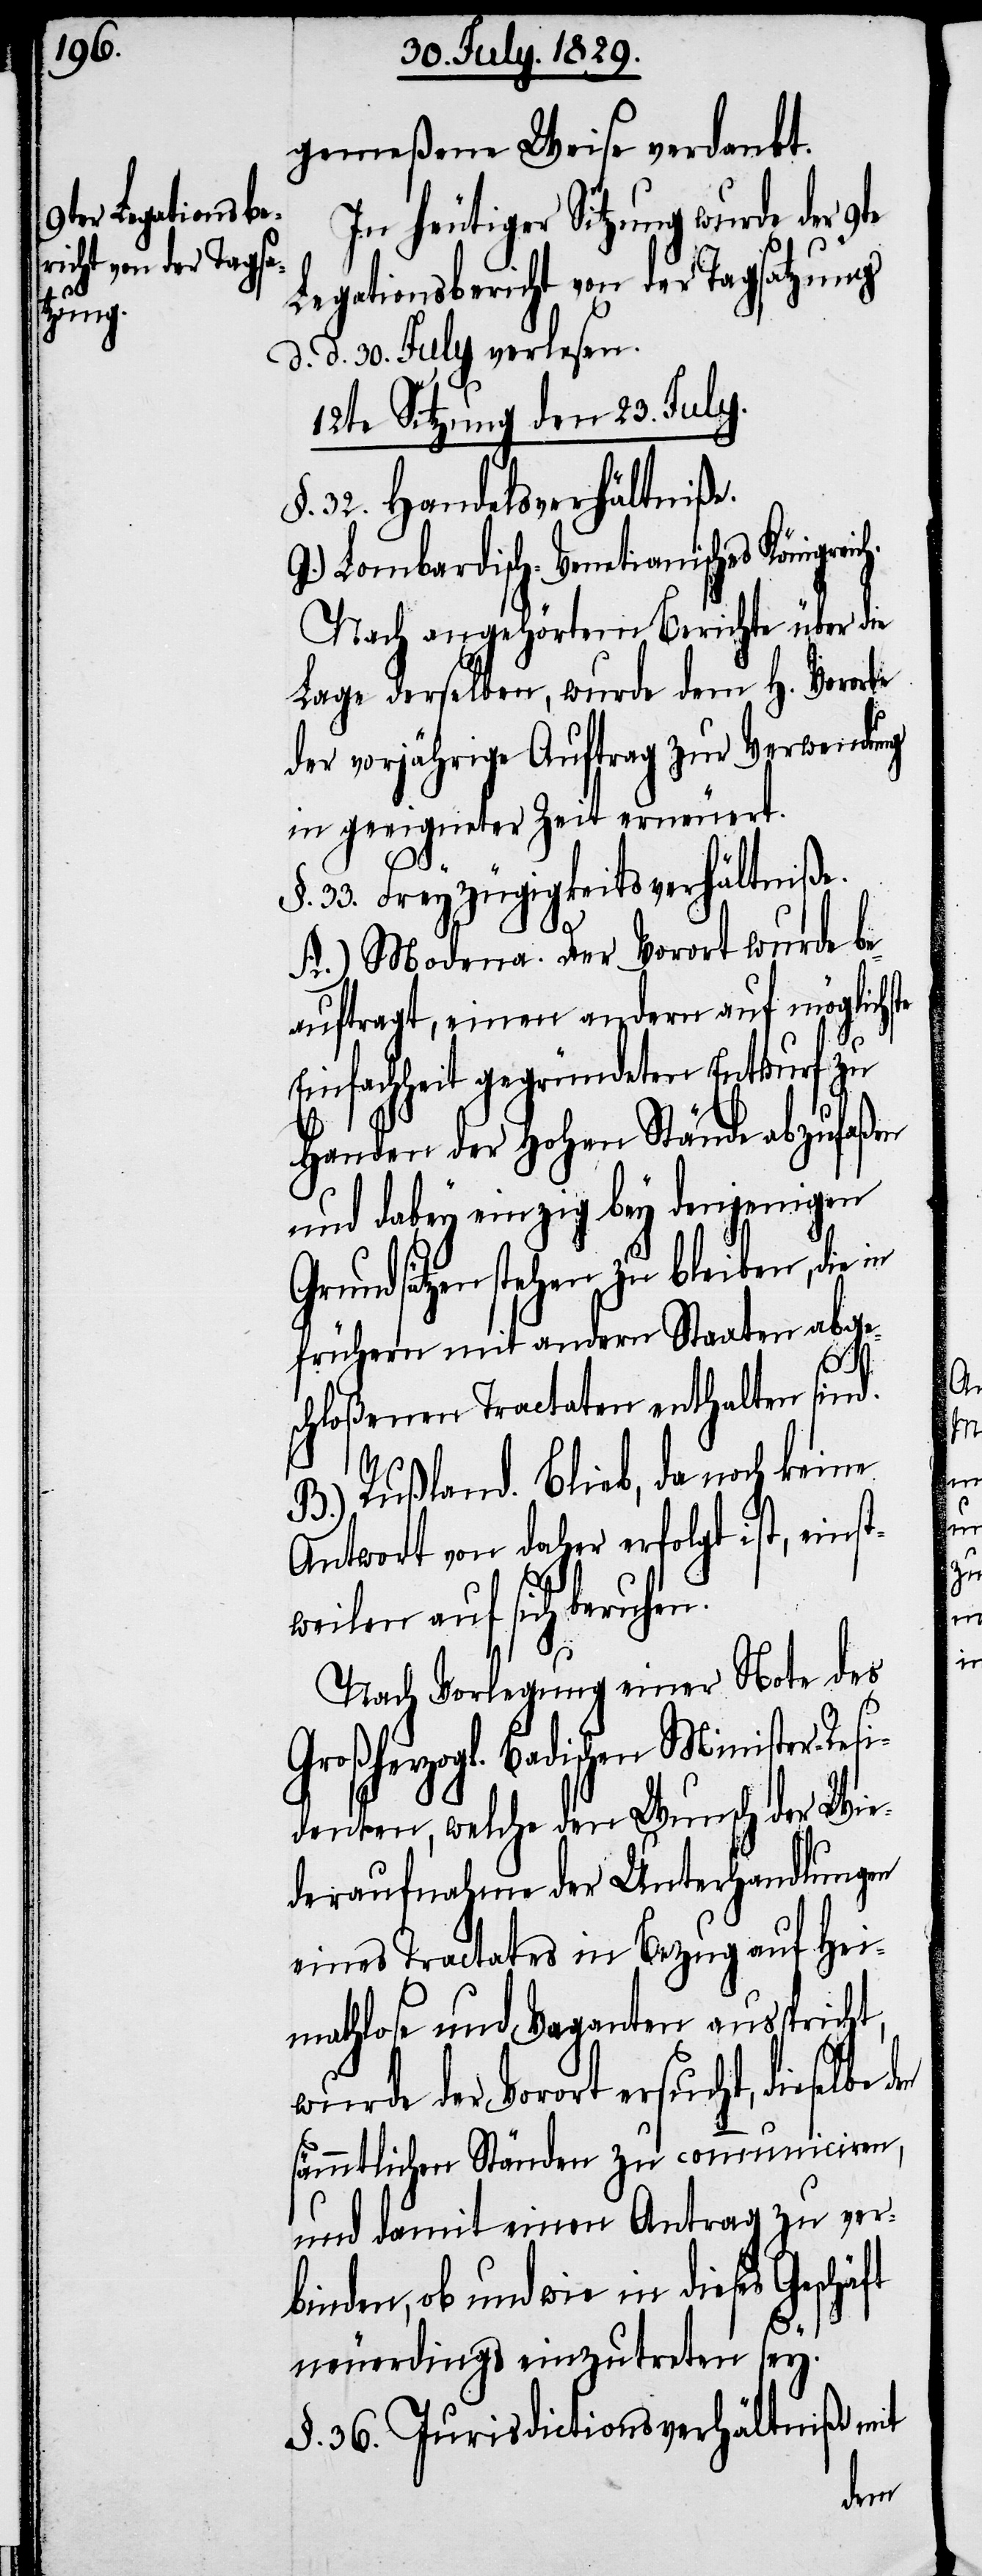
gemeßene Weise verdankt.
In heutiger Sitzung wurde der 9te
Legationsbericht von der Tagsatzung
d. d. 30. July verlesen.
12te Sitzung den 23. July.
§. 32. Handelsverhältniße.
G.) Lombardisch-Venetianisches Königrei¬
Nach angehörtem Berichte über die
Lage derselben, wurde dem H. Vororte
der vorjährige Auftrag zur Verwendung
in geeigneter Zeit erneuert.
§. 33. Freyzügigkeitsverhältniße.
ch.
A.) Modena. Der Vorort wurde be¬
auftragt, einen andern auf möglichste
Einfachheit gegründeten Entwurf zu
Handen der Hohen Stände abzufaßen
und dabey einzig bey denjenigen
Grundsätzen stehen zu bleiben, die
frühern mit andern Staaten abge¬
schloßenen Tractaten enthalten sind.
B.) Rußland. Blieb, da noch keine
Antwort von daher erfolgt ist, eins¬
tweilen auf sich beruhen.
Nach Vorlegung einer Note des
Großherzogl. Badischen Minister-Resi¬
denten, welche den Wunsch des Wie¬
deraufnahme der Unterhandlungen
eines Tractates in Bezug auf Hei¬
mathlose und Vaganten ausspricht,
wurde der Vorort ersucht, dieselbe
sämmtlichen Ständen zu communiciren,
und damit einen Antrag zu ver¬
binden, ob und wie in diese Geschäft
neuerdings einzutreten sey.
§. 36. Jurisdictionsverhältniße mit
den